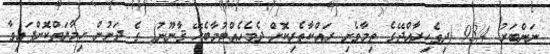
ނަންބަރު 93/4 (ދިވެހިރާއްޖޭގެ ތިމާވެށި ރައްކާތެރިކޮށް ދެމެހެއްޓުމާބެހޭ ޤާނޫނު) ގެ ދަށުން ހިމާޔަތްކޮށްފައިވާ